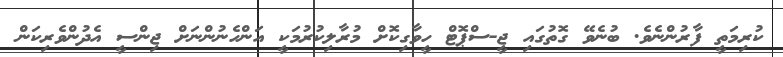
ކުރިމަތީ ފާރުންނެވެ. ބުނެވޭ ގޮތުގައި ޖީ-ސްޕޮޓް ހީވާގިކޮށް މުރާލިކުރުމަކީ އަންހެނުންނަށް ޖިންސީ އެދުންވެރިކަން